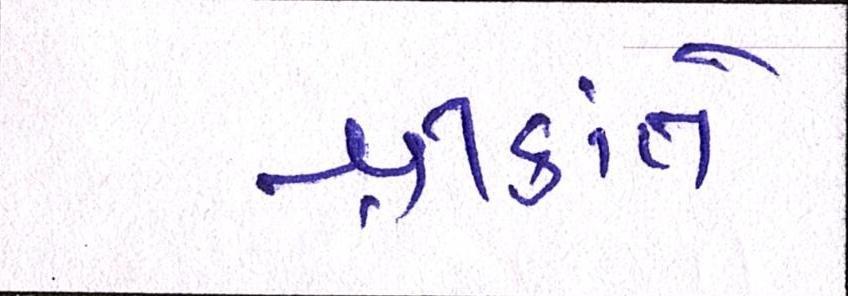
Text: શ્રીકાંતે